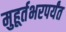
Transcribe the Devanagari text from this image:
मुहूर्तभरपर्यंत